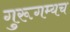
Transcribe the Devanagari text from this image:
गुरूगम्यच